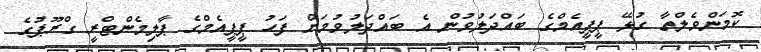
ކޮމަންވެލްތާ ގުޅޭ ޕީޕީއެމްގެ ބައްދަލުވުން އެ ބައްދަލުވުމަށް ފަހު ޕީޕީއެމްގެ ޕާލިމެންޓްރީ ގްރޫޕުގެ